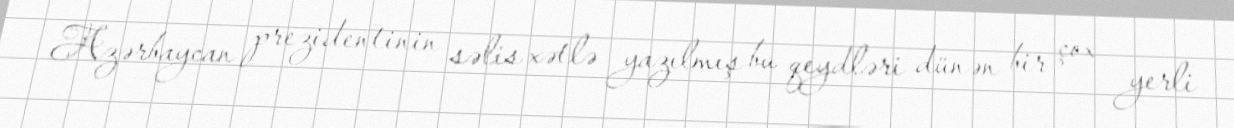
Azərbaycan prezidentinin səlis xətlə yazılmış bu qeydləri dünən bir çox yerli